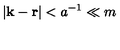
| { \bf k } - { \bf r } | < a ^ { - 1 } \ll m